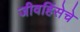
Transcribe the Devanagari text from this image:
जीवहिंसेचे